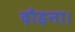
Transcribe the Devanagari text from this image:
दौड़ना।